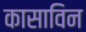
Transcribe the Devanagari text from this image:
कासाविन